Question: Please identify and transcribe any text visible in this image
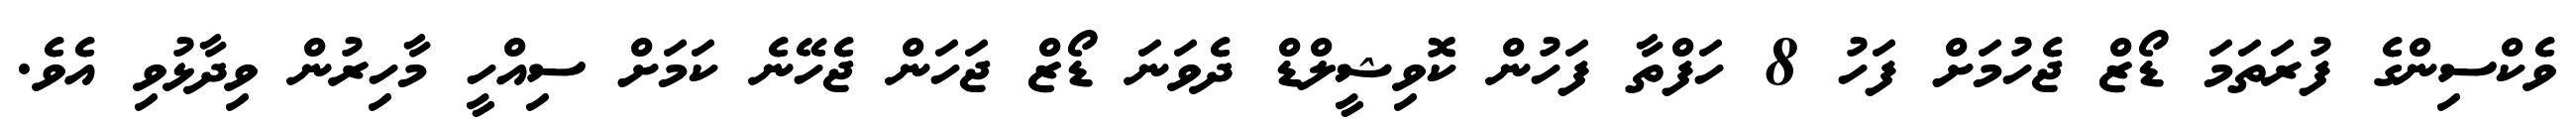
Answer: ވެކްސިންގެ ފުރަތަމަ ޑޯޒް ޖެހުމަށް ފަހު 8 ހަފްތާ ފަހުން ކޮވިޝީލްޑް ދެވަނަ ޑޯޒް ޖަހަން ޖެހޭނެ ކަމަށް ސިއްހީ މާހިރުން ވިދާޅުވި އެވެ.